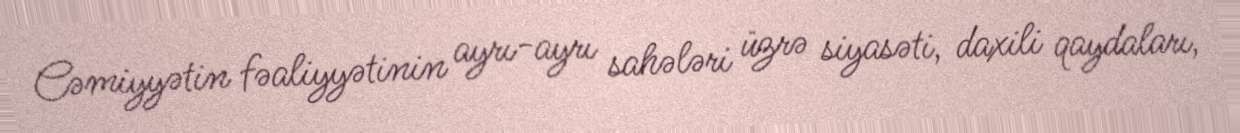
Cəmiyyətin fəaliyyətinin ayrı-ayrı sahələri üzrə siyasəti, daxili qaydaları,